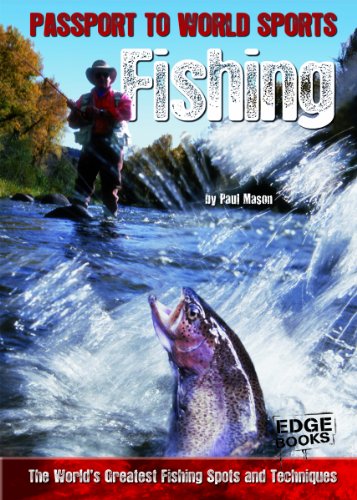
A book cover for Fishing: The World's Greatest Fishing Spots and Techniques (Passport to World Sports); Paul Mason; Children's Books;